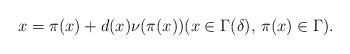
LaTeX: \begin{align*} x = \pi(x) + d(x) \nu(\pi(x)) (x \in \Gamma(\delta),\,\pi(x) \in \Gamma). \end{align*}